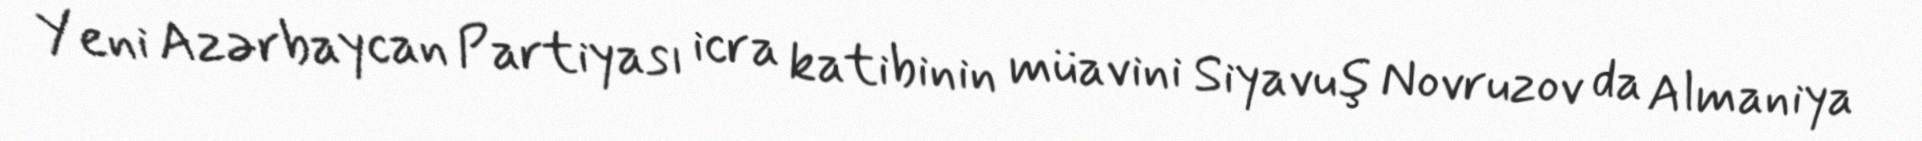
Yeni Azərbaycan Partiyası icra katibinin müavini Siyavuş Novruzov da Almaniya